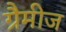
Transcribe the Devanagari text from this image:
ग्रैमीज